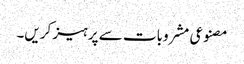
مصنوعی مشروبات سے پرہیز کریں۔